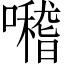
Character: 𡃊